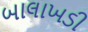
બાલાખડી